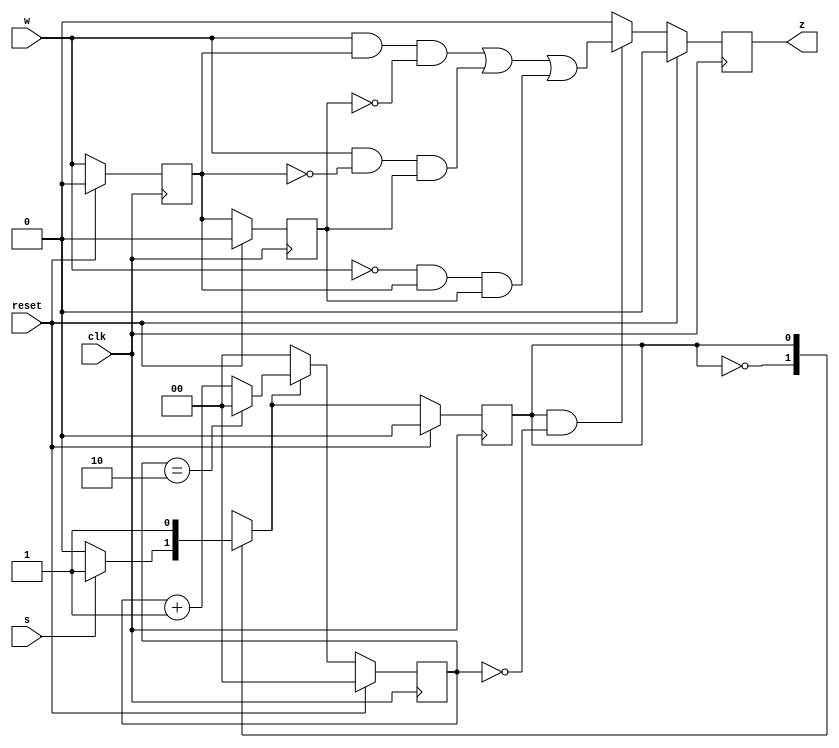
module top_module (
    input clk,
    input reset,   // Synchronous reset
    input s,
    input w,
    output z
);

parameter A = 1'b0, B = 1'b1;

reg cur_state, nxt_state;

always @(*) begin
    case(cur_state)
        A : nxt_state = s ? B : A;
        B : nxt_state = B;    
    endcase
end

always @(posedge clk) begin
    if (reset) cur_state <= A;
    else cur_state <= nxt_state;
end

reg w1, w2;
always @ (posedge clk) begin
    if (reset) begin
        w1 <= 1'b0;
        w2 <= 1'b0;
    end
    else begin
        w1 <= w;
        w2 <= w1;
    end
end

reg  [1:0] cnt;
wire [1:0] cnt_nxt = cnt == 2'd2 ? 2'd0 : cnt + 1'b1;

always @(posedge clk) begin
    if (reset) cnt <= 2'b0;
    else if (nxt_state) cnt <= cnt_nxt;
    else cnt <= 2'b0;
end

wire flag = (w & w1 & ~w2) | (w & ~w1 & w2) | (~w & w1 & w2);

reg z_reg;
always @ (posedge clk) begin
    if (reset) z_reg <= 1'b0;
    else begin
        if (cur_state && cnt == 2'd0) z_reg <= flag;
        else z_reg <= 1'b0;
    end
end

assign z = z_reg;

endmodule